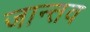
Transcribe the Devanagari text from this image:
जान्तव